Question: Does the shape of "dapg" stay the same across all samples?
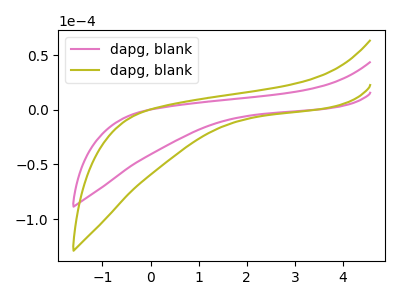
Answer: <think>The pink curve "dapg, blank1" has no peaks. The olive curve "dapg, blank2" has no peaks.
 Neither "dapg, blank1" or "dapg, blank2" have any peaks.</think>
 <answer>All the CV's of "dapg" have similar shape.</answer>
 <eval>follow_rule</eval>